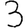
Digit: 3